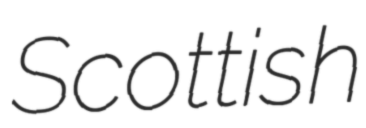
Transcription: Scottish